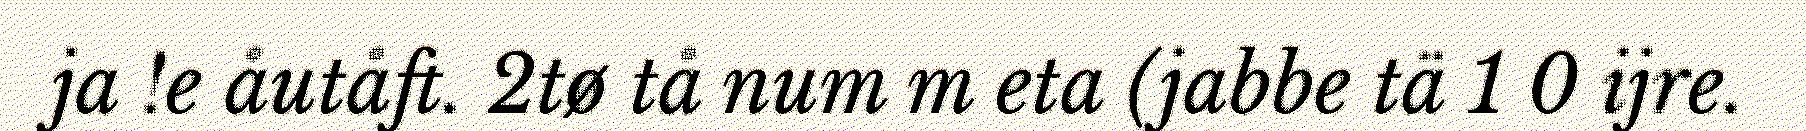
ja !e åutåft. 2tø tå num m eta (jabbe tä 1 0 ijre.